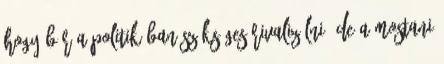
hogy bár a politikában szükséges rivalizálni, de a mostani